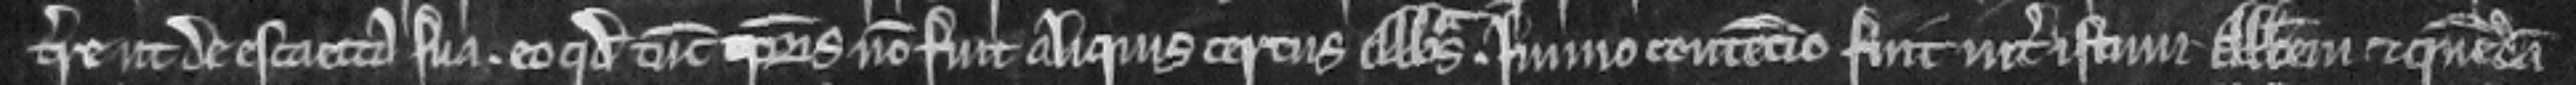
terre ut de escaetta sua. eo quod tunc temporis non fuit aliquis certus Abbatus. Immo contencio fuit inter istum Abbatem et quemdam